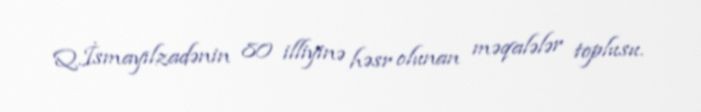
Q.İsmayılzadənin 80 illiyinə həsr olunan məqalələr toplusu.